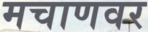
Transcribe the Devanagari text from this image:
मचाणवर